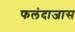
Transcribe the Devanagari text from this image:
फलंदाजास